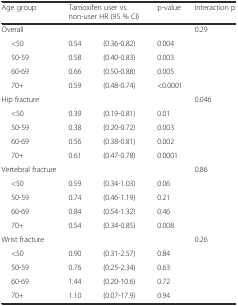
<table><thead><tr><td><b>Age group</b></td><td colspan="2"><b>Tamoxifen user vs. non-user HR (95 % CI)</b></td><td><b>p-value</b></td><td><b>Interaction p</b></td></tr></thead><tbody><tr><td>Overall</td><td></td><td></td><td></td><td>0.29</td></tr><tr><td>&lt;50</td><td>0.54</td><td>(0.36-0.82)</td><td>0.004</td><td></td></tr><tr><td>50-59</td><td>0.58</td><td>(0.40-0.83)</td><td>0.003</td><td></td></tr><tr><td>60-69</td><td>0.66</td><td>(0.50-0.88)</td><td>0.005</td><td></td></tr><tr><td>70+</td><td>0.59</td><td>(0.48-0.74)</td><td>&lt;0.0001</td><td></td></tr><tr><td>Hip fracture</td><td></td><td></td><td></td><td>0.046</td></tr><tr><td>&lt;50</td><td>0.39</td><td>(0.19-0.81)</td><td>0.01</td><td></td></tr><tr><td>50-59</td><td>0.38</td><td>(0.20-0.72)</td><td>0.003</td><td></td></tr><tr><td>60-69</td><td>0.56</td><td>(0.38-0.81)</td><td>0.002</td><td></td></tr><tr><td>70+</td><td>0.61</td><td>(0.47-0.78)</td><td>0.0001</td><td></td></tr><tr><td>Vertebral fracture</td><td></td><td></td><td></td><td>0.86</td></tr><tr><td>&lt;50</td><td>0.59</td><td>(0.34-1.03)</td><td>0.06</td><td></td></tr><tr><td>50-59</td><td>0.74</td><td>(0.46-1.19)</td><td>0.21</td><td></td></tr><tr><td>60-69</td><td>0.84</td><td>(0.54-1.32)</td><td>0.46</td><td></td></tr><tr><td>70+</td><td>0.54</td><td>(0.34-0.85)</td><td>0.008</td><td></td></tr><tr><td>Wrist fracture</td><td></td><td></td><td></td><td>0.26</td></tr><tr><td>&lt;50</td><td>0.90</td><td>(0.31-2.57)</td><td>0.84</td><td></td></tr><tr><td>50-59</td><td>0.76</td><td>(0.25-2.34)</td><td>0.63</td><td></td></tr><tr><td>60-69</td><td>1.44</td><td>(0.20-10.6)</td><td>0.72</td><td></td></tr><tr><td>70+</td><td>1.10</td><td>(0.07-17.9)</td><td>0.94</td><td></td></tr></tbody></table>